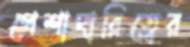
পেশাদারিত্বের